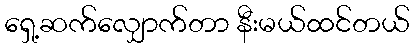
ရှေ့ဆက်လျှောက်တာ နီးမယ်ထင်တယ်